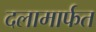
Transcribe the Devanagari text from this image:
दलामार्फत